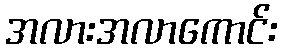
အလားအလာကောင်း